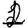
Digit: 1